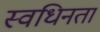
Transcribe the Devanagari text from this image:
स्वधिनता